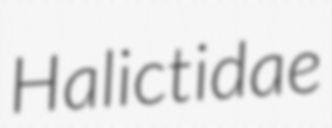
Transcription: Halictidae